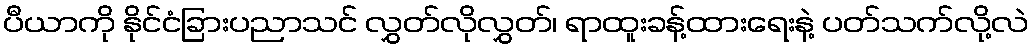
ပီယာကို နိုင်ငံခြားပညာသင် လွှတ်လိုလွှတ်၊ ရာထူးခန့်ထားရေးနဲ့ ပတ်သက်လို့လဲ